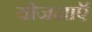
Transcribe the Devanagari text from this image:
योजनाऍं